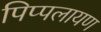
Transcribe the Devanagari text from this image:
पिप्पलायण